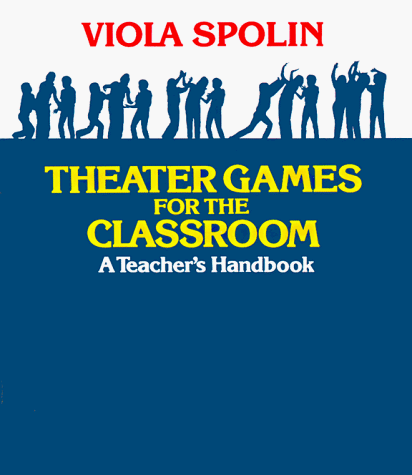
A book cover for Theater Games for the Classroom: A Teacher's Handbook; Viola Spolin; Humor & Entertainment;